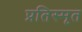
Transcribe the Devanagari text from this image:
प्रतिस्मृत